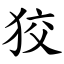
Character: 狡